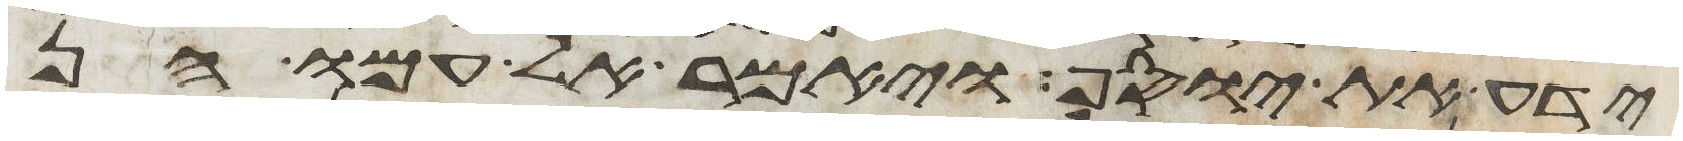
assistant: ידע את יוסף ויאמר אל עמו הן